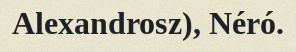
Alexandrosz), Néró.